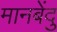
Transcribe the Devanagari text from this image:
मानबेंदु